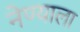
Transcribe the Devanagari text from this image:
नेण्याला